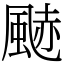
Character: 䬉